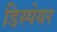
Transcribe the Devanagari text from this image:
डिस्पेयर